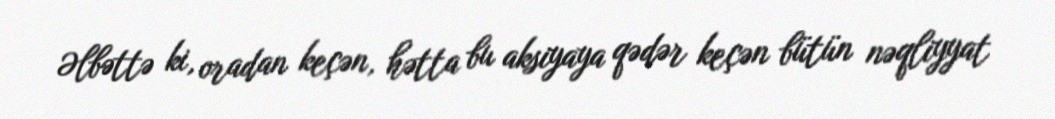
Əlbəttə ki, oradan keçən, hətta bu aksiyaya qədər keçən bütün nəqliyyat